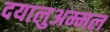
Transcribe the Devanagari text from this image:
दयालुअम्मल